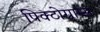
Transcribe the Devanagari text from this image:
पिक्टोग्राम्स